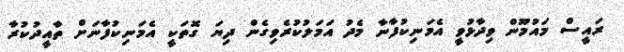
ރައީސް މައުމޫން ވިދާޅުވީ އެމަނިކުފާނާ މެދު އަމަލުކުރެވިގެން ދިޔަ ގޮތަކީ އެމަނިކުފާނަށް ތާއީދުކުރާ